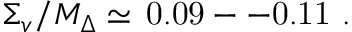
\Sigma _ { v } / M _ { \Delta } \simeq \, \mathrm { 0 . 0 9 - - 0 . 1 1 } \ .